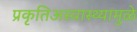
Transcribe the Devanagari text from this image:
प्रकृतिअस्वास्थ्यामुळे